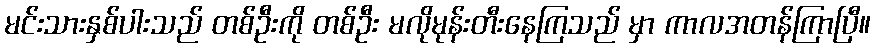
မင်းသားနှစ်ပါးသည် တစ်ဦးကို တစ်ဦး မလိုမုန်းတီးနေကြသည် မှာ ကာလအတန်ကြာပြီ။